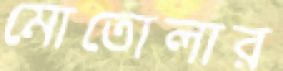
মোতোলার